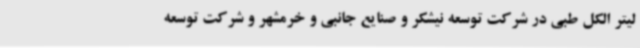
لیتر الکل طبی در شرکت توسعه نیشکر و صنایع جانبی و خرمشهر و شرکت توسعه